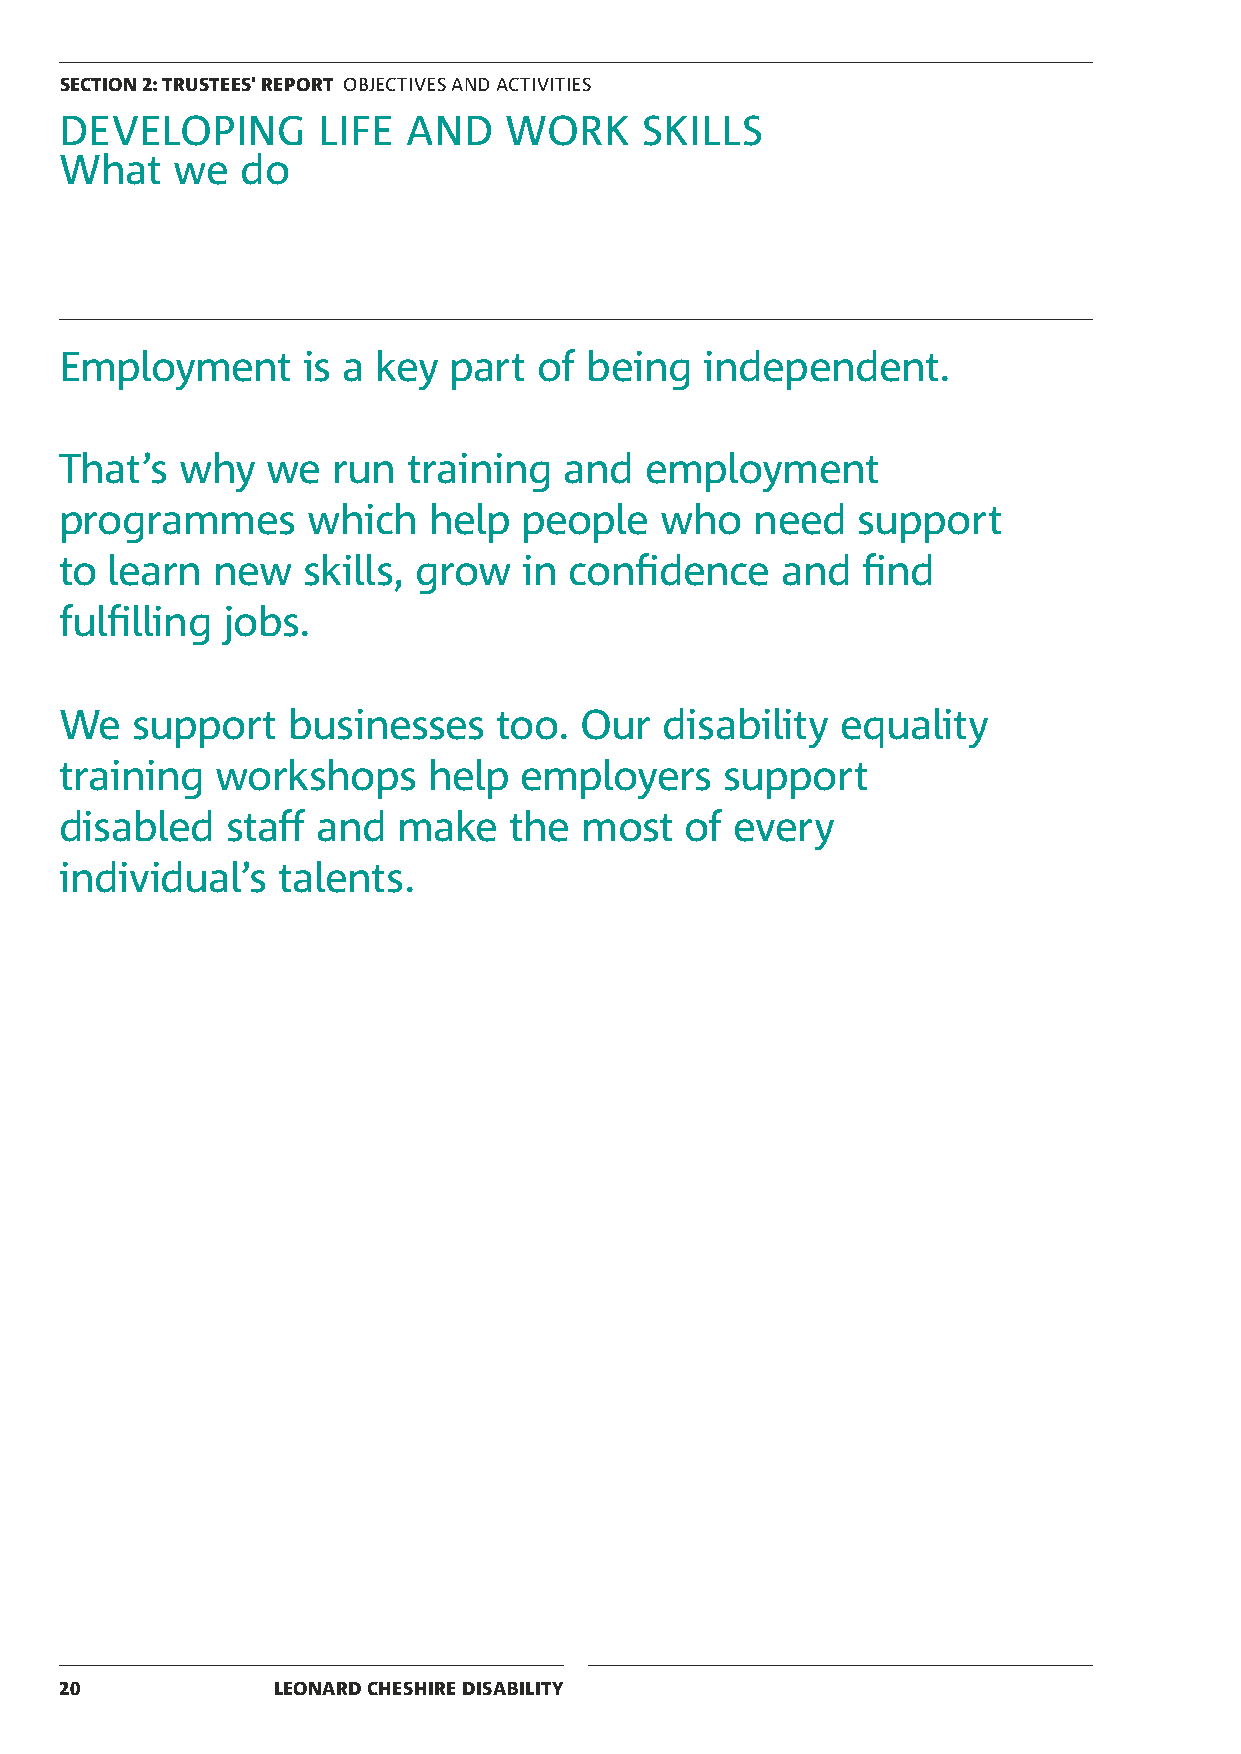
SECTION 2: TRUSTEES' REPORT OBJECTIVES AND ACTIVITIES
 DEVELOPING       LIFE  AND   WORK      SKILLS
 What   we   do
 Employment      is a key  part  of being   independent.
 That’s  why   we  run  training  and   employment
 programmes      which   help  people    who   need   support
 to learn  new   skills, grow   in confidence    and  find
 fulfilling jobs.
 We   support   businesses    too. Our   disability  equality
 training  workshops     help  employers     support
 disabled   staff and  make    the most   of  every
 individual’s  talents.
 20            LEONARD CHESHIRE DISABILITY